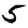
Digit: 5